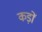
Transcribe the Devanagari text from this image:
कड़ों